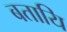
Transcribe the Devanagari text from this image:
बतायि